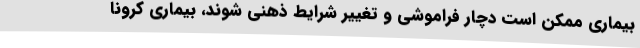
بیماری ممکن است دچار فراموشی و تغییر شرایط ذهنی شوند، بیماری کرونا